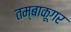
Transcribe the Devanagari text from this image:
तम्बाकूगर